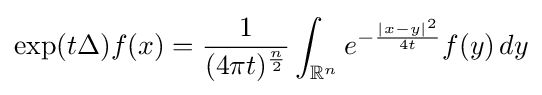
\exp(t\Delta )f(x)={\frac {1}{(4\pi t)^{\frac {n}{2}}}}\int _{\mathbb {R} ^{n}}e^{-{\frac {|x-y|^{2}}{4t}}}f(y)\,dy